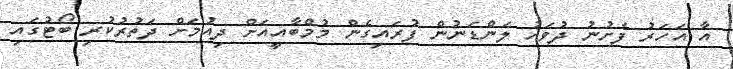
އާ އަހަރު ފެށުނު ދުވަހު ލަންޑަނުން ފުރައިގެން މުމްބާއީއަށް ދިއުމަށް ދަތުރުކުރި ބޯޓުގައި